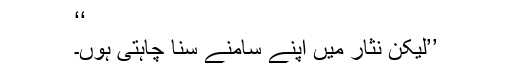
‘‘
’’لیکن نثار میں اپنے سامنے سنا چاہتی ہوں۔